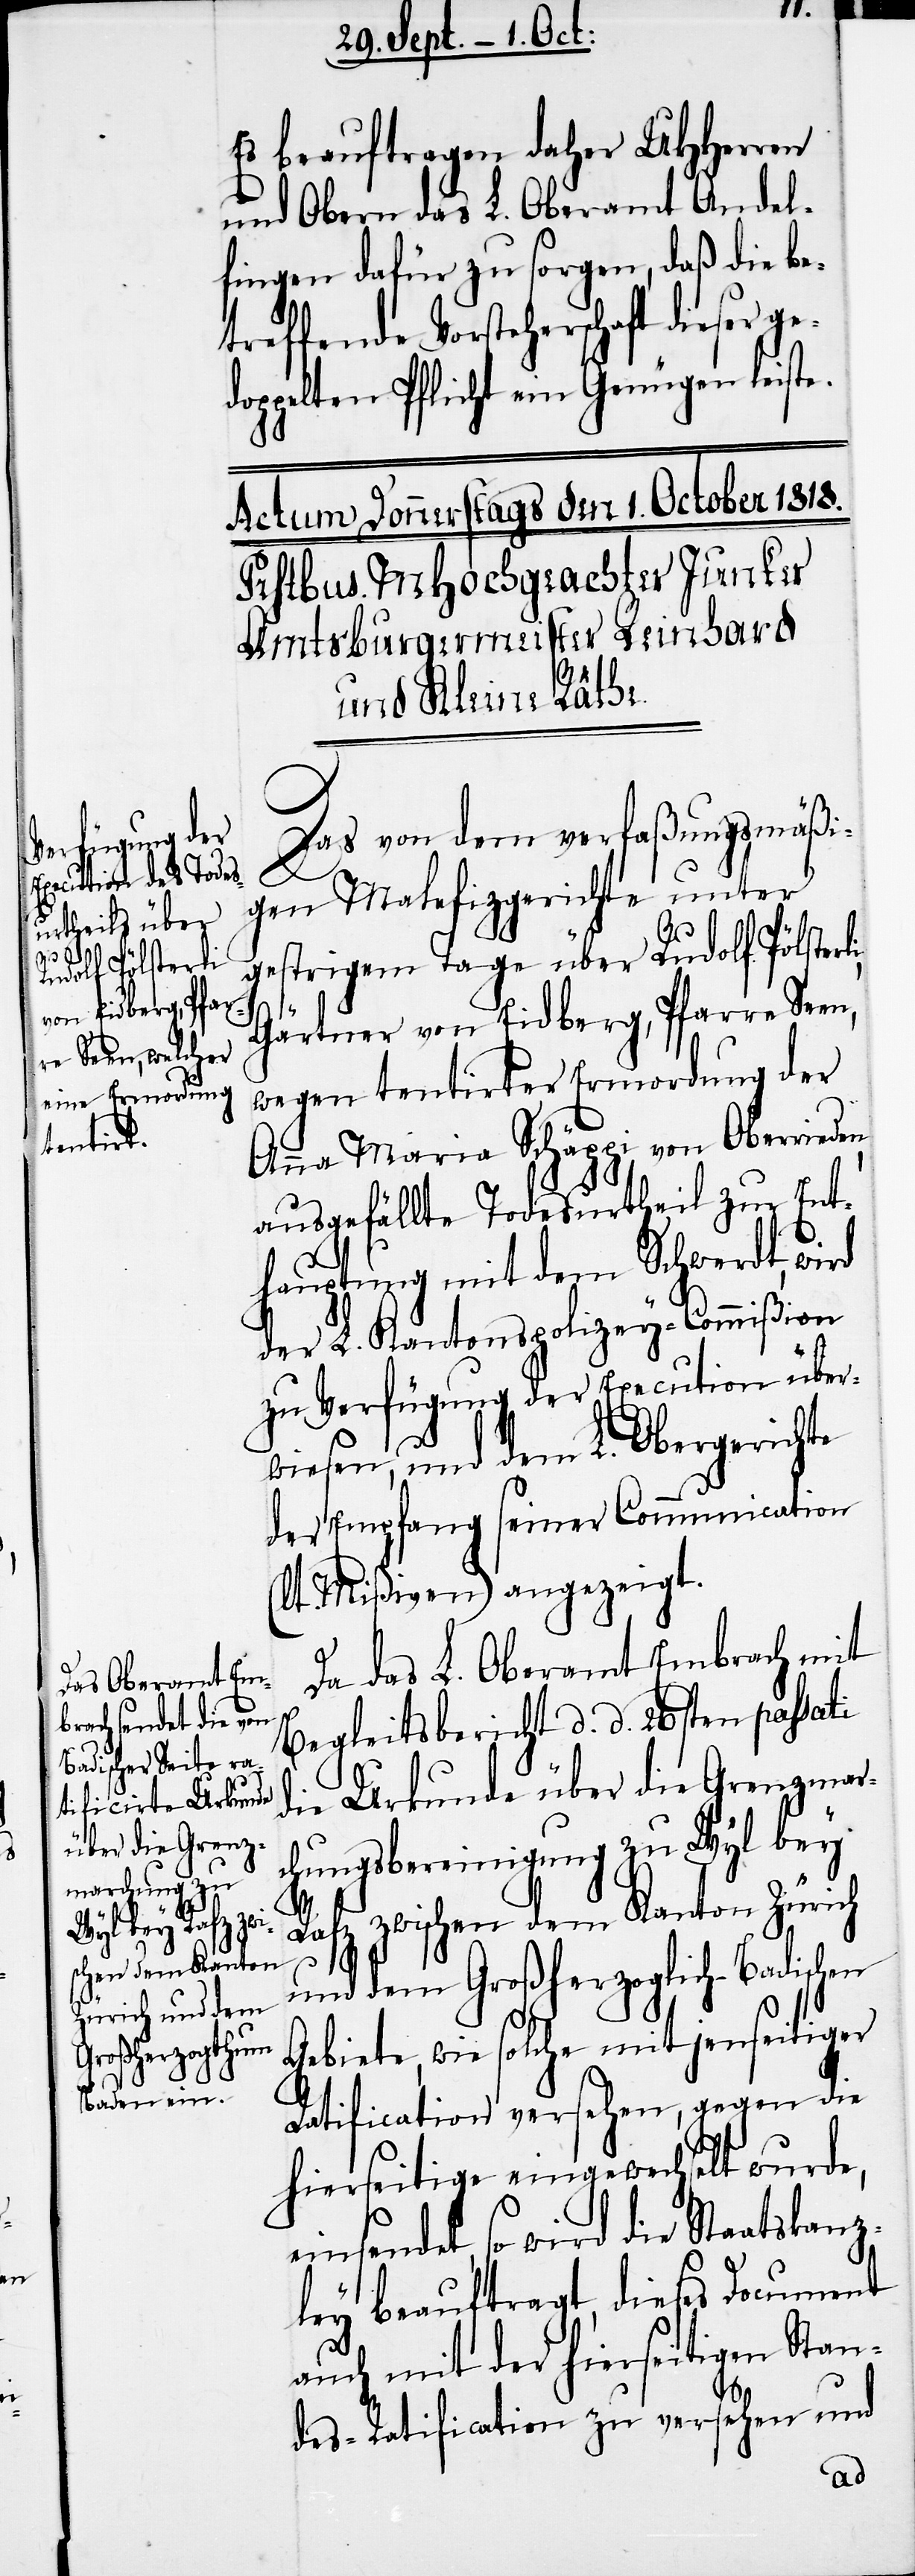
e¬

Es beauftragen daher UHHerren
und Obern das L. Oberamt Andel¬
fingen dafür zu sorgen, daß die be¬
treffende Vorsteherschaft dieser g¬
doppelten Pflicht ein Genügen leiste.
Das von dem verfaßungsmäßi¬
gen Malefizgerichte unter
gestrigem Tage über Rudolf Pölster¬
Gärtner von Eidberg, Pfarre Seen,
wegen tentirter Ermordung der
Anna Maria Schäppi von Oberrieden,
ausgefällte Todesurtheil zur Ent¬
hauptung mit dem Schwerdt, wird
der L. Kantonspolizey-Commißion
zu Verfügung der Execution über¬
wiesen, und dem L. Obergerichte
der Empfang seiner Communication
Mißiven) angezeigt.
Da das L. Oberamt Embrach mit
Begleitsbericht d. d. 26sten passati
die Urkunde über die Grenzmar¬
chungsbereinigung zu Wyl bey
Rafz zwischen dem Kanton Zürich
li,
und dem Großherzoglich-Badischen
Gebiete, wie solche mit jenseitiger
Ratification versehen, gegen die
hierseitige eingewechselt wurde,
einsendet, so wird die Staatskanz¬
ley beauftragt, dieses Document
auch mit der hierseitigen Stan¬
des-Ratification zu versehen und